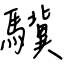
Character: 驥